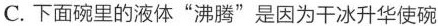
C.下面碗里的液体”沸腾”是因为干冰升华使碗